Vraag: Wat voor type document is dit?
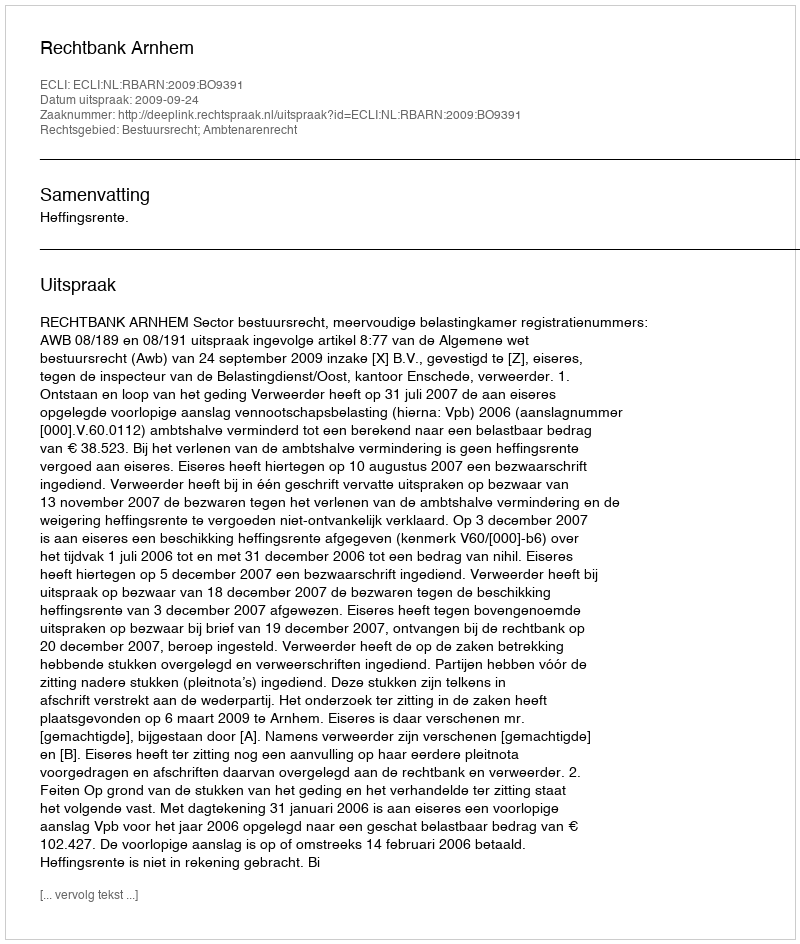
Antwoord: Uitspraak